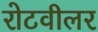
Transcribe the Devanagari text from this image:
रोटवीलर